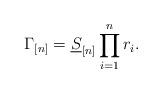
LaTeX: \begin{align*}\Gamma_{[n]}=\underline{S}_{[n]} \prod_{i=1}^{n} r_i.\end{align*}